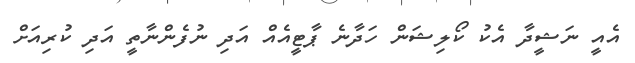
އެއީ ނަޝީދާ އެކު ކޯލިޝަން ހަދާނެ ޕާޓީއެއް އަދި ނުފެންނާތީ އަދި ކުރިއަށް